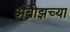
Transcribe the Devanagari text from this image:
अँब्रोझच्या